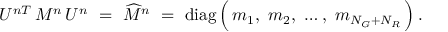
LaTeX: U ^ { n T } \, M ^ { n } \, U ^ { n } \ = \ \widehat { M } ^ { n } \ = \ \mathrm { d i a g } \, \Big ( \, m _ { 1 } , \ m _ { 2 } , \ \dots , \ m _ { N _ { G } + N _ { R } } \, \Big ) \, .